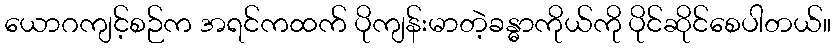
ယောဂကျင့်စဉ်က အရင်ကထက် ပိုကျန်းမာတဲ့ခန္ဓာကိုယ်ကို ပိုင်ဆိုင်စေပါတယ်။